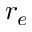
r _ { e }